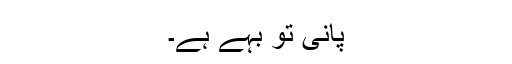
پانی تو بہے ہے۔